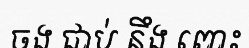
ចង ជាប់ នឹង ពោះ